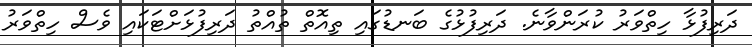
ދަރިފުޅާ ހިތްވަރު ކުރަންވާނެ. ދަރިފުޅުގެ ބަނޑުގައި ތިއޮތް ތުއްތު ދަރިފުޅަށްޓަކައި ވެސް ހިތްވަރު